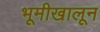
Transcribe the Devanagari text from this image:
भूमीखालून